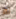
لم